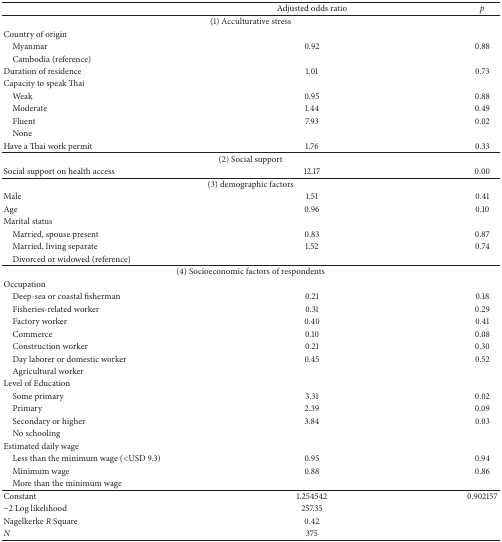
<table><thead><tr><td><b> </b></td><td><b>Adjusted odds ratio</b></td><td><b><i>p</i></b></td></tr></thead><tbody><tr><td colspan="3">(1) Acculturative stress</td></tr><tr><td>Country of origin</td><td> </td><td> </td></tr><tr><td> Myanmar</td><td>0.92</td><td>0.88</td></tr><tr><td colspan="3"> Cambodia (reference)</td></tr><tr><td>Duration of residence</td><td>1.01</td><td>0.73</td></tr><tr><td colspan="2">Capacity to speak Thai</td><td> </td></tr><tr><td> Weak</td><td>0.95</td><td>0.88</td></tr><tr><td> Moderate</td><td>1.44</td><td>0.49</td></tr><tr><td> Fluent</td><td>7.93</td><td>0.02</td></tr><tr><td> None</td><td> </td><td> </td></tr><tr><td>Have a Thai work permit</td><td>1.76</td><td>0.33</td></tr><tr><td colspan="3">(2) Social support</td></tr><tr><td>Social support on health access</td><td>12.17</td><td>0.00</td></tr><tr><td colspan="3">(3) demographic factors</td></tr><tr><td>Male</td><td>1.51</td><td>0.41</td></tr><tr><td>Age</td><td>0.96</td><td>0.10</td></tr><tr><td>Marital status</td><td> </td><td> </td></tr><tr><td> Married, spouse present</td><td>0.83</td><td>0.87</td></tr><tr><td> Married, living separate</td><td>1.52</td><td>0.74</td></tr><tr><td colspan="3"> Divorced or widowed (reference)</td></tr><tr><td colspan="3">(4) Socioeconomic factors of respondents</td></tr><tr><td>Occupation</td><td> </td><td> </td></tr><tr><td> Deep-sea or coastal fisherman</td><td>0.21</td><td>0.18</td></tr><tr><td> Fisheries-related worker</td><td>0.31</td><td>0.29</td></tr><tr><td> Factory worker</td><td>0.40</td><td>0.41</td></tr><tr><td> Commerce</td><td>0.10</td><td> 0.08</td></tr><tr><td> Construction worker</td><td>0.21</td><td>0.30</td></tr><tr><td> Day laborer or domestic worker</td><td>0.45</td><td>0.52</td></tr><tr><td colspan="2"> Agricultural worker</td><td> </td></tr><tr><td>Level of Education</td><td> </td><td> </td></tr><tr><td> Some primary</td><td>3.31</td><td>0.02</td></tr><tr><td> Primary</td><td>2.39</td><td>0.09</td></tr><tr><td> Secondary or higher</td><td>3.84</td><td>0.03</td></tr><tr><td colspan="2"> No schooling</td><td> </td></tr><tr><td>Estimated daily wage</td><td> </td><td> </td></tr><tr><td> Less than the minimum wage (&lt;USD 9.3)</td><td>0.95</td><td>0.94</td></tr><tr><td> Minimum wage</td><td>0.88</td><td>0.86</td></tr><tr><td colspan="3"> More than the minimum wage</td></tr><tr><td>Constant</td><td>1.254542</td><td>0.902157</td></tr><tr><td>−2 Log likelihood</td><td>257.35</td><td> </td></tr><tr><td>Nagelkerke <i>R</i> Square</td><td>0.42</td><td> </td></tr><tr><td><i>N</i></td><td>375</td><td> </td></tr></tbody></table>